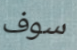
سوف